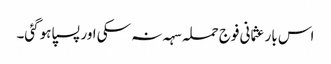
اس بار عثمانی فوج حملہ سہہ نہ سکی اور پسپا ہوگئی۔